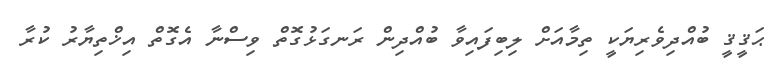
ޙަޤީޤީ ބުއްދިވެރިޔަކީ ތިމާއަށް ލިބިފައިވާ ބުއްދިން ރަނގަޅުގޮތް ވިސްނާ އެގޮތް އިޚްތިޔާރު ކުރާ